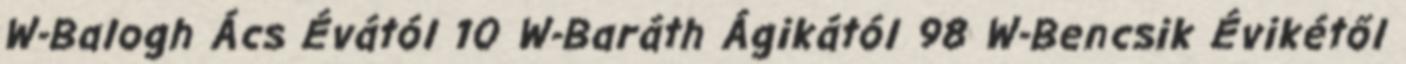
W-Balogh Ács Évától 10 W-Baráth Ágikától 98 W-Bencsik Évikétől